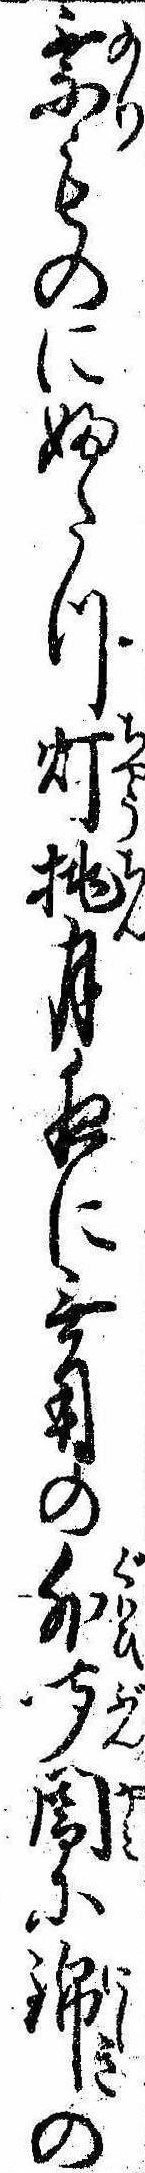
乗ものにふたつ灯挑月夜に無用の外聞闇に錦の